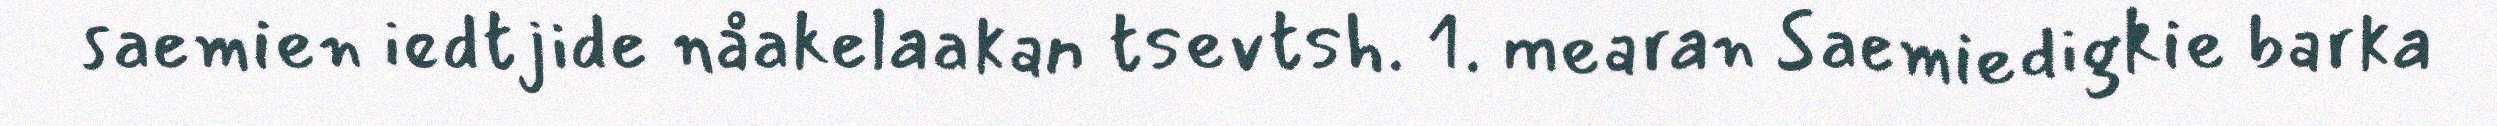
saemien iedtjide nåakelaakan tsevtsh. 1. mearan Saemiedigkie barka